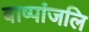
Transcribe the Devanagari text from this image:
वाष्पांजलि